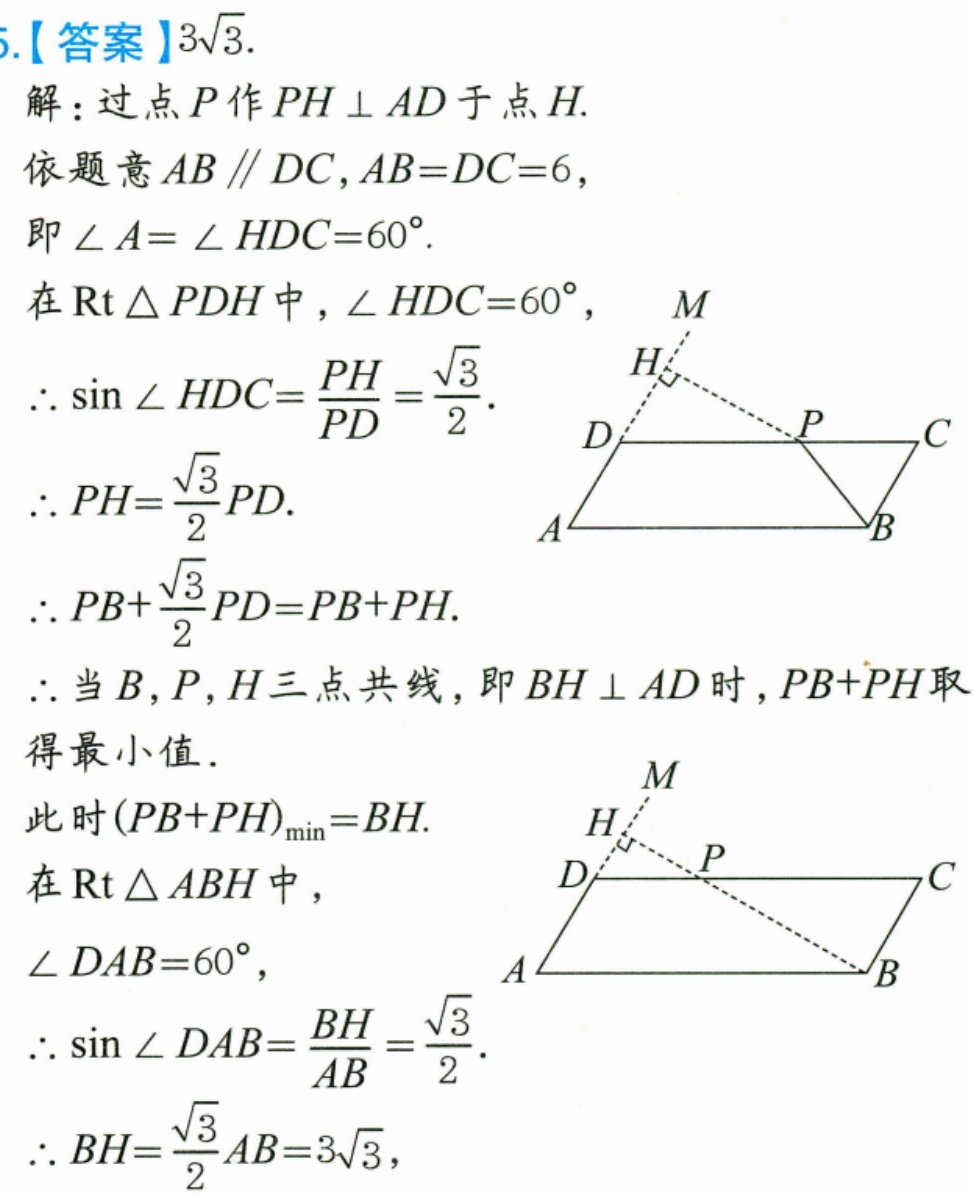
5.【答案】\(3\sqrt{3}\).
解：过点\(P\)作\(PH\perp AD\)于点\(H\).
依题意\(AB\parallel DC,AB = DC = 6\),
即\(\angle A=\angle HDC = 60^{\circ}\).
在\(\text{Rt}\triangle PDH\)中，\(\angle HDC = 60^{\circ}\)，
\(\therefore \sin\angle HDC=\frac{PH}{PD}=\frac{\sqrt{3}}{2}\).
\(\therefore PH = \frac{\sqrt{3}}{2}PD\).
\(\therefore PB+\frac{\sqrt{3}}{2}PD=PB + PH\).
\(\therefore\)当\(B\)，\(P\)，\(H\)三点共线，即\(BH\perp AD\)时，\(PB + PH\)取得最小值．
此时\((PB + PH)_{\min}=BH\).
在\(\text{Rt}\triangle ABH\)中，
\(\angle DAB = 60^{\circ}\)，
\(\therefore \sin\angle DAB=\frac{BH}{AB}=\frac{\sqrt{3}}{2}\).
\(\therefore BH=\frac{\sqrt{3}}{2}AB = 3\sqrt{3}\)，